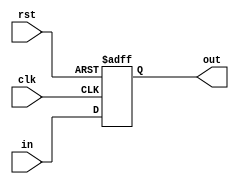
module PipeReg32(out, in, clk, rst); // synopsys template
   parameter width = 32, init = 0;
   output [0:width-1] out;
   reg [0:width-1]    out;
   input [0:width-1]  in;
   input 	      clk, rst;

   always @ (posedge clk or negedge rst)
     if (~rst)
       out <= init;
     else
       out <= in;
   
endmodule // PipeReg

module PipeCtlReg32(out, in, ctl, clk, rst); // synopsys template
   parameter width = 32, init = 0;
   output [0:width-1] out;
   reg [0:width-1]    out;
   input [0:width-1]  in;
   input [0:1] 	      ctl;
   input 	      clk, rst;

   always @ (posedge clk or negedge rst)
     if (~rst)
       out <= init;
     else begin
        if (ctl == 2'b00)
	        out <= in;
        else if (ctl == 2'b11)
	        out <= init;
     end
endmodule // PipeCtlReg

module PipeCtlRegN #(parameter WIDTH=32) (out, in, ctl, clk, rst); // synopsys template
   parameter init = 0;
   output [0:WIDTH-1] out;
   reg [0:WIDTH-1]    out;
   input [0:WIDTH-1]  in;
   input     	      ctl;
   input 	      clk, rst;

   always @ (posedge clk or negedge rst)
     if (~rst)
       out <= init;
     else begin
        if (ctl == 1'b0)
	        out <= in;
        else if (ctl == 1'b1)
	        out <= init;
     end
endmodule // PipeCtlReg

module pipeline(data,clk,rst,flush,out);
   parameter width = 32, init = 0;
    input clk,rst;
    input flush; //sets the flush to be on on the flushid register
    input [0:width-1] data; //data in and data out
    
    output [0:width-1] out;
    

    //now create 4 of these and wire them from one to the other
    wire [0:width-1] IF_data,ID_data,EX_data,MEM_data,WB_data;

    wire nothing;
    assign nothing = 1'b0;

    assign IF_data = data;
    // I think I don't need flush id since I only flush one 
    PipeCtlRegN #(32) IFID_REG(
    	.clk(clk),
    	.in(IF_data),
    	.rst(rst),
    	.ctl(flush),
    	.out(ID_data)
    	);

    PipeCtlRegN #(32) IDEX_REG(
    	.clk(clk),
    	.in(ID_data),
    	.rst(rst),
    	.ctl(nothing),
    	.out(EX_data)
    	);

    PipeCtlRegN #(32) EXMEM_REG(
    	.clk(clk),
    	.in(EX_data),
    	.rst(rst),
    	.ctl(nothing),
    	.out(MEM_data)
    	);

    PipeCtlRegN #(32) MEMWB_REG(
    	.clk(clk),
    	.in(MEM_data),
    	.rst(rst),
    	.ctl(nothing),
    	.out(WB_data)
    	);
    
	assign out = WB_data;   
    
endmodule